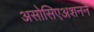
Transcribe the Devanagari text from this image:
असोसिएअशनने